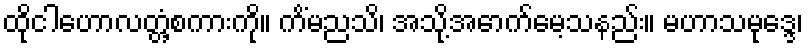
ထိုငါဟောလတ္တံ့စကားကို။ ကိံမညသိ၊ အသို့အောက်မေ့သနည်း။ မဟာသမုဒ္ဒေ၊